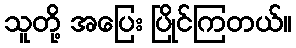
သူတို့ အပြေး ပြိုင်ကြတယ်။